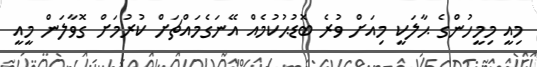
މިއީ މިމީހުންގެ ޙާލަކީ މިއަށް ވުރެ ބޮޑުޙުކުމެއް އޭނަގެމައްޗަށް ކުރުމަށް ގޮވާލަން މީއީ